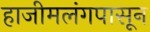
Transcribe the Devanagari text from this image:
हाजीमलंगपासून